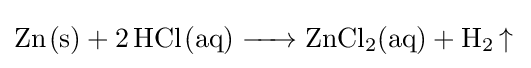
{\ce {Zn(s) + 2HCl(aq) -> ZnCl2(aq) + H2 ^}}